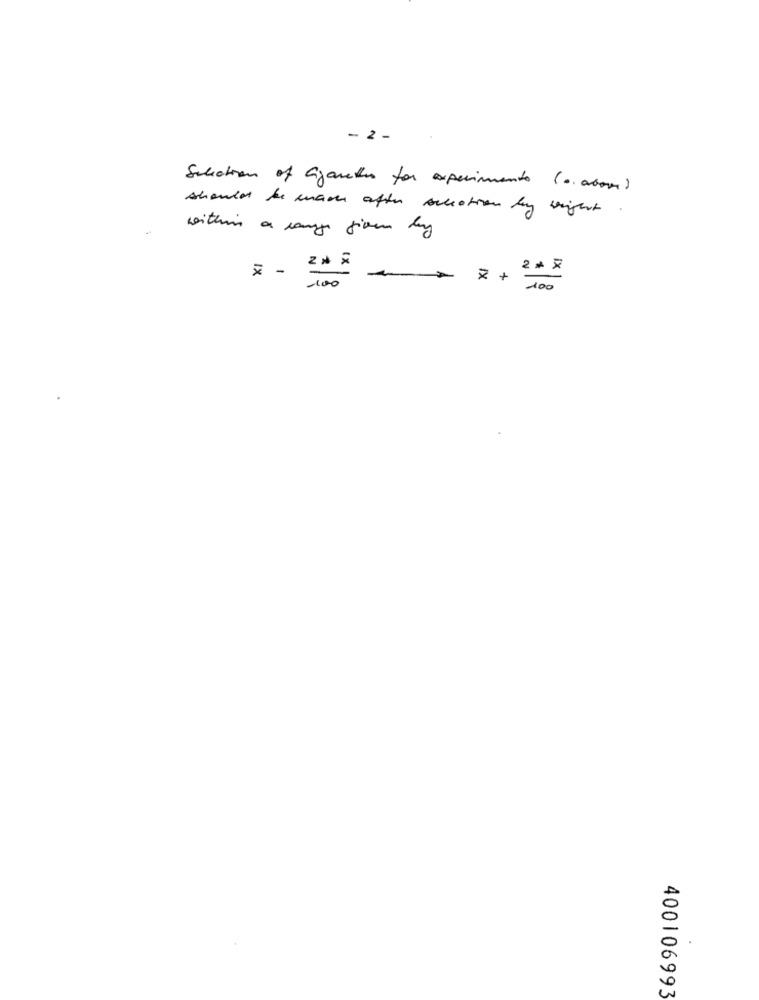
- 2 -
Selection of Cigarettes for experimento (cacom)
should be mann after selection by weight
within a range from my
x _ 2 * *
2 * *
100
100
400106993